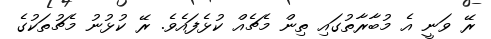
ރޭ ވަނީ އެ މުބާރާތުގައި ތިން މެޗެއް ކުޅެފައެވެ. ރޭ ކުޅުނު މެޗުތަކުގެ